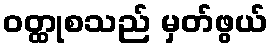
ဝတ္ထုစသည် မှတ်ဖွယ်